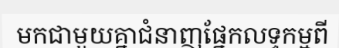
មកជាមួយគ្នាជំនាញផ្នែកលទ្ធកម្មពី